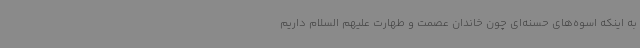
به اینکه اسوه‌های حسنه‌ای چون خاندان عصمت و طهارت علیهم السلام داریم